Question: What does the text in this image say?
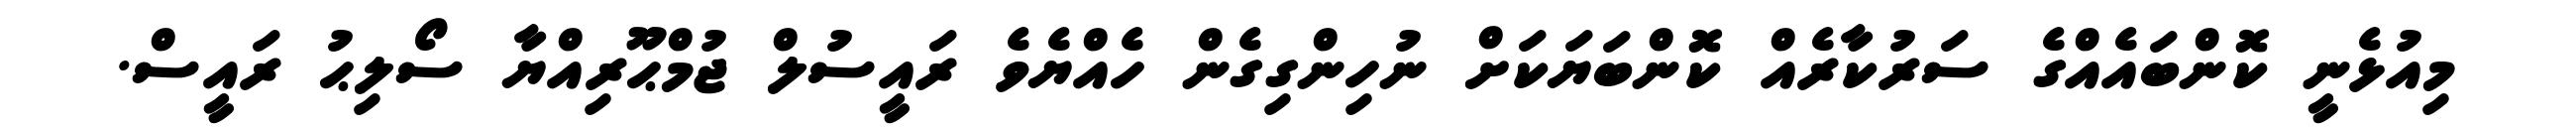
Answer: މިއުޅެނީ ކޮންބައެއްގެ ސަރުކާރެއް ކޮންބަޔަކަށް ނުހިންގިގެން ހެއްޔެވެ ރައީސުލް ޖުމްޙޫރިއްޔާ ސޯލިޙު ރައީސް.